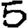
Digit: 5